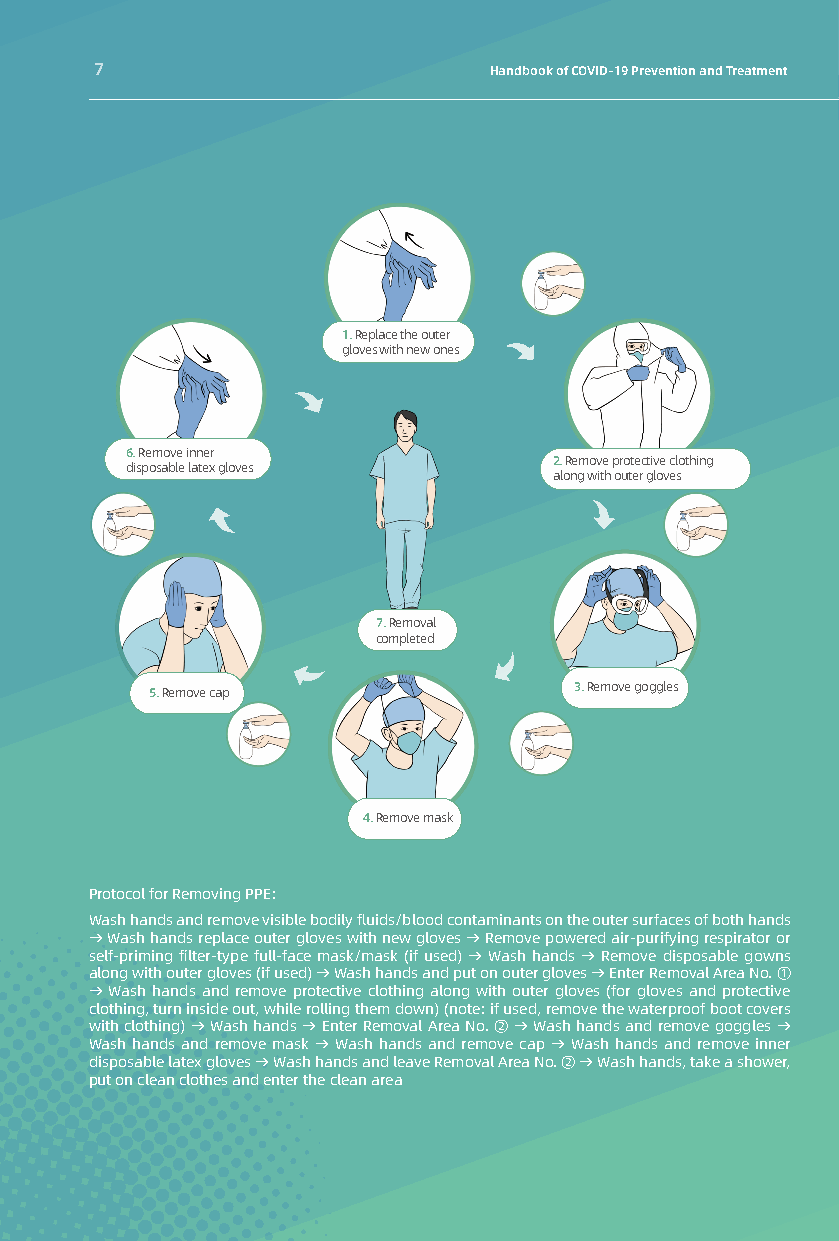
7                         Handbook of COVID-19 Prevention and Treatment
 1. Replace the outer
 gloves with new ones
 6. Remove inner
 2. Remove protective clothing
 disposable latex gloves
 along with outer gloves
 7. Removal
 completed
 5. Remove cap               3. Remove goggles
 4. Remove mask
 Protocol for Removing PPE:
 Wash hands and remove visible bodily fluids/blood contaminants on the outer surfaces of both hands
 → Wash hands replace outer gloves with new gloves → Remove powered air-purifying respirator or
 self-priming filter-type full-face mask/mask (if used) → Wash hands → Remove disposable gowns
 along with outer gloves (if used) → Wash hands and put on outer gloves → Enter Removal Area No. ①
 → Wash hands and remove protective clothing along with outer gloves (for gloves and protective
 clothing, turn inside out, while rolling them down) (note: if used, remove the waterproof boot covers
 with clothing) → Wash hands → Enter Removal Area No. ② → Wash hands and remove goggles →
 Wash hands and remove mask → Wash hands and remove cap → Wash hands and remove inner
 disposable latex gloves → Wash hands and leave Removal Area No. ② → Wash hands, take a shower,
 put on clean clothes and enter the clean area